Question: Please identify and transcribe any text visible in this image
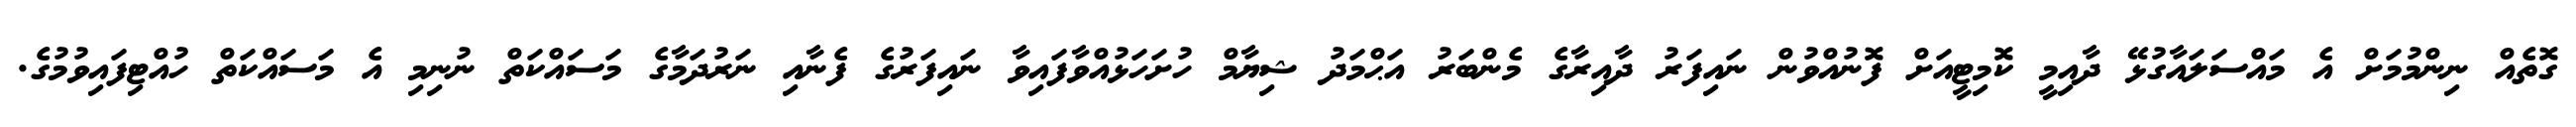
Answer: ގޮތެއް ނިންމުމަށް އެ މައްސަލައާގުޅޭ ދާއިމީ ކޮމިޓީއަށް ފޮނުއްވުން ނައިފަރު ދާއިރާގެ މެންބަރު އަޙްމަދު ޝިޔާމް ހުށަހަޅުއްވާފައިވާ ނައިފަރުގެ ފެނާއި ނަރުދަމާގެ މަސައްކަތް ނުނިމި އެ މަސައްކަތް ހުއްޓިފައިވުމުގެ.